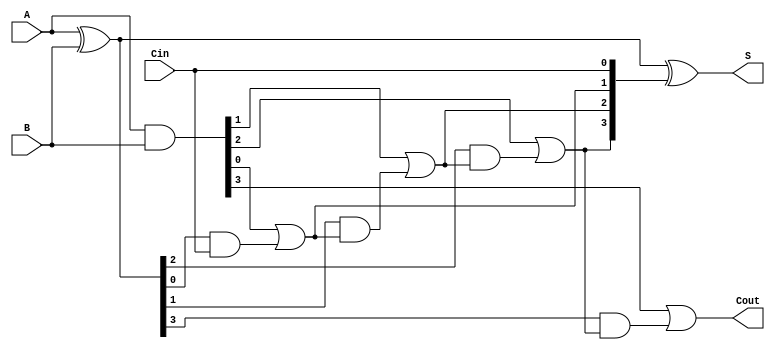
module SklanskyAdder #(parameter n = 4) (
    input   [n-1:0] A,      // First operand
    input   [n-1:0] B,      // Second operand
    input           Cin,     // Carry-in
    output  [n-1:0] S,      // Sum output
    output          Cout     // Carry-out
);

    // Generate and propagate signals
    wire [n-1:0] G; // Generate signal
    wire [n-1:0] P; // Propagate signal
    wire [n:0] C;   // Carry signals (C[0] = Cin)

    // Generate and Propagate calculations
    assign G = A & B;                  // G[i] = A[i] & B[i]
    assign P = A ^ B;                  // P[i] = A[i] ^ B[i]

    // Carry Generation
    assign C[0] = Cin;                 // Initial carry
    genvar i;
    generate
        for (i = 1; i < n; i = i + 1) begin : carry_gen
            assign C[i] = G[i-1] | (P[i-1] & C[i-1]); // C[i] = G[i-1] | (P[i-1] & C[i-1])
        end
    endgenerate
    assign C[n] = G[n-1] | (P[n-1] & C[n-1]); // Final carry out

    // Sum Calculation
    assign S = A ^ B ^ C[n-1:0];          // Sum S[i] = A[i] ^ B[i] ^ C[i]

    assign Cout = C[n];                 // Final carry out

endmodule